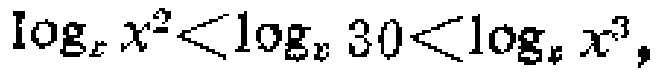
\(\log_{x}x^{2}<\log_{x}30<\log_{x}x^{3},\)